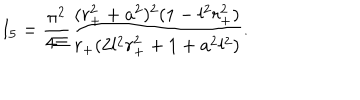
LaTeX: I _ { 5 } = \frac { \pi ^ { 2 } } { 4 \Xi } \frac { ( r _ { + } ^ { 2 } + a ^ { 2 } ) ^ { 2 } ( 1 - l ^ { 2 } r _ { + } ^ { 2 } ) } { r _ { + } ( 2 l ^ { 2 } r _ { + } ^ { 2 } + 1 + a ^ { 2 } l ^ { 2 } ) } .